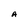
Character: A